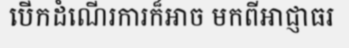
បើកដំណើរការក៏អាច មកពីអាជ្ញាធរ